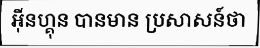
អ៊ីនហ្គុន បានមាន ប្រសាសន៍ថា